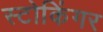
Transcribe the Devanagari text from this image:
स्टोकिंगर